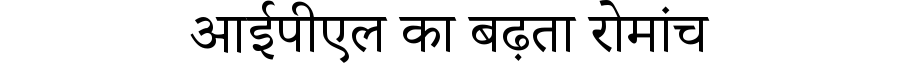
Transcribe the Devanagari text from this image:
आईपीएल का बढ़ता रोमांच